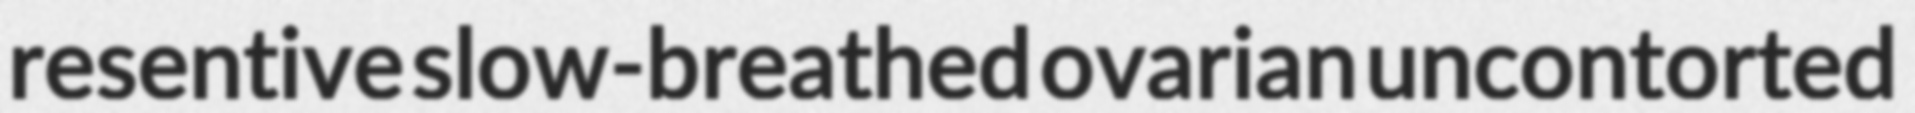
resentive slow-breathed ovarian uncontorted